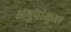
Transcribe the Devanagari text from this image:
अनुपांकुश